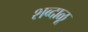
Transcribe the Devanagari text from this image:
शब्दाळू